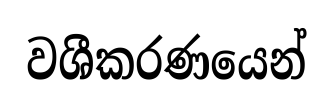
වශීකරණයෙන්